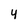
Character: 4